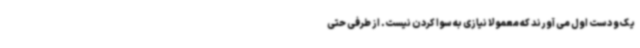
یک و دست اول می آورند که معمولا نیازی به سوا کردن نیست. از طرفی حتی